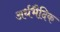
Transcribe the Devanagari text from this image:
अर्धभैदिक